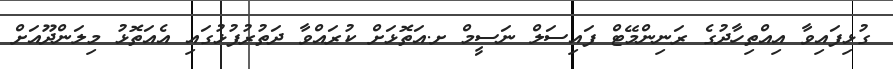
ގުޅިފައިވާ އިއްތިހާދުގެ ރަނިންމޭޓް ފައިސަލް ނަސީމް ށ.އަތޮޅަށް ކުރައްވާ ދަތުރުފުޅުގައި އެއަތޮޅު މިލަންދޫއަށް